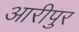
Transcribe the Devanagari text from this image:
आरीपुर